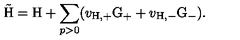
\tilde { \mathrm { H } } = \mathrm { H } + \sum _ { p > 0 } ( v _ { \mathrm { H , + } } \mathrm { G } _ { + } + v _ { \mathrm { H , - } } \mathrm { G } _ { - } ) .